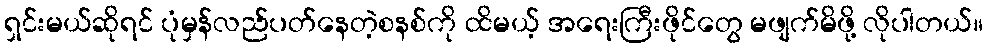
ရှင်းမယ်ဆိုရင် ပုံမှန်လည်ပတ်နေတဲ့စနစ်ကို ထိမယ့် အရေးကြီးဖိုင်တွေ မဖျက်မိဖို့ လိုပါတယ်။